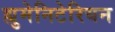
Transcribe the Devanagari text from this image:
ह्युमेनिटेरियन